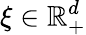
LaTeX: \xi\in\mathbb{R}_{+}^{d}